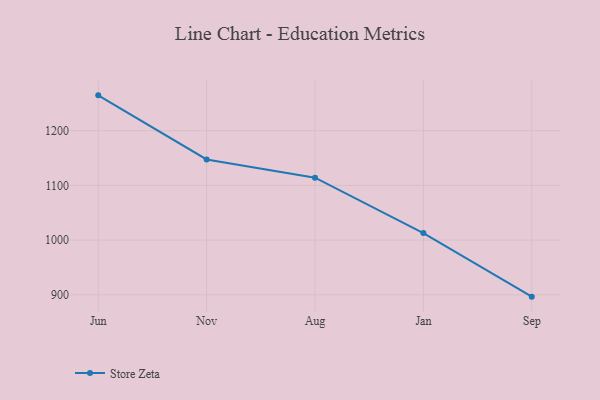
{"axis": {"x": "Month", "y": "Net Income (USD K)"}, "legend": ["Store Zeta"], "data": [{"x": "Jun", "y": 1264.7, "type": "Store Zeta"}, {"x": "Nov", "y": 1147.5, "type": "Store Zeta"}, {"x": "Aug", "y": 1114.2, "type": "Store Zeta"}, {"x": "Jan", "y": 1013.0, "type": "Store Zeta"}, {"x": "Sep", "y": 896.7, "type": "Store Zeta"}]}